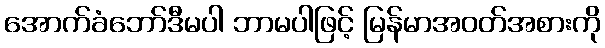
အောက်ခံဘော်ဒီမပါ ဘာမပါဖြင့် မြန်မာအဝတ်အစားကို